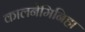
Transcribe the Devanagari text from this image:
कालनेमिनिहा